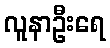
လူနာဦးရေ